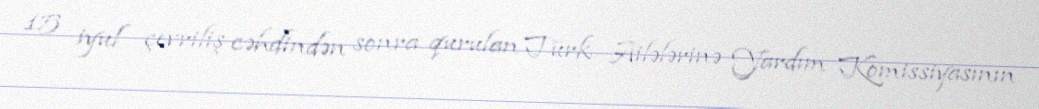
15 iyul çevriliş cəhdindən sonra qurulan Türk Ailələrinə Yardım Komissiyasının